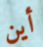
أين